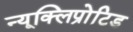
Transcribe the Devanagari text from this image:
न्यूक्लिप्रोटिड